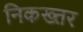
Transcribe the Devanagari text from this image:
निकख्तर